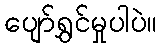
ပျော်ရွှင်မှုပါပဲ။